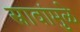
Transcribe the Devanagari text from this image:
स्रावांमुळे